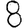
Digit: 8